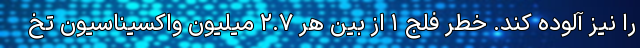
را نیز آلوده کند. خطرِ فلج ۱ از بینِ هر ۲.۷ میلیون واکسیناسیون تخ